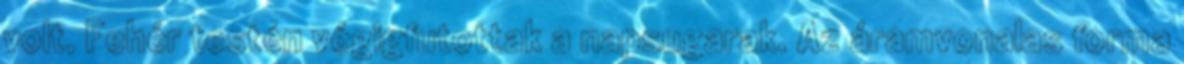
volt. Fehér testén végigfutottak a napsugarak. Az áramvonalas forma